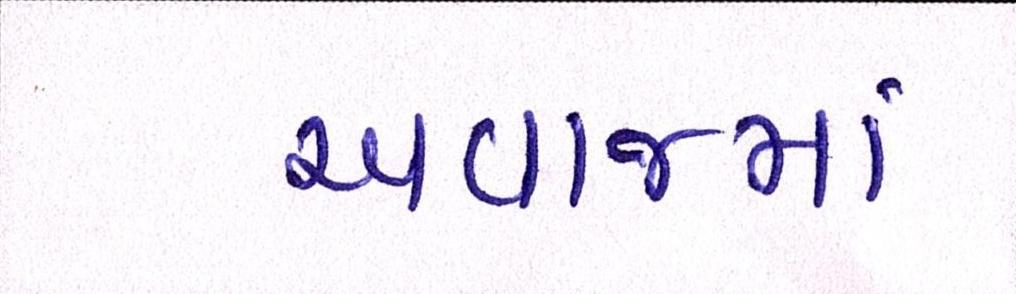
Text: અવાજમાં